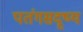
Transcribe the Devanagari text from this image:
पतंगसदृष्य